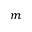
_ { m }